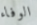
الوفاء